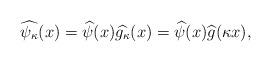
LaTeX: \begin{align*}\widehat{\psi_\kappa}(x)=\widehat{\psi}(x)\widehat{g_\kappa}(x)=\widehat{\psi}(x)\widehat{g}(\kappa x),\end{align*}